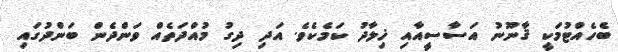
ބެހެއްޓުމަކީ ޤާނޫނު އަސާސީއާއި ޚިލާދު ކަމެކެވެ. އަދި ދިގު މުއްދަތެއް ވަންދެން ބަންދުގައި